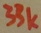
Text: 33k